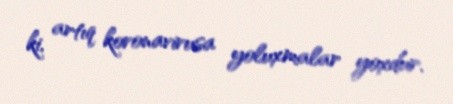
ki, artıq koronavirusa yoluxmalar yoxdur.